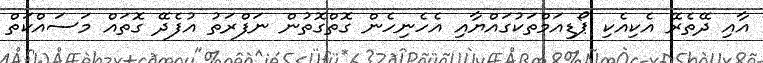
އާއި ދޭތެރޭ އެކިއެކި ޕޯޑިއަމްތަކުގައްޔާއި އެހެނިހެން ގޮތްގޮތުން ނަފްރަތު އުފެދޭ ގޮތައް މަސައްކަތް